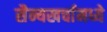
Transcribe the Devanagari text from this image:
सैन्यखर्चामध्ये